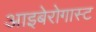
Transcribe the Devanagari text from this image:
आइबेरोगास्ट